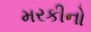
મરકીનો